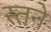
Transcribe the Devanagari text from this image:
स्तने